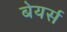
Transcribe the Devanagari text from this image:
बेयर्स